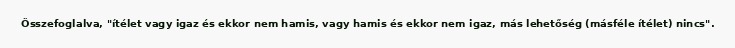
Összefoglalva, "ítélet vagy igaz és ekkor nem hamis, vagy hamis és ekkor nem igaz, más lehetőség (másféle ítélet) nincs".